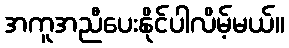
အကူအညီပေးနိုင်ပါလိမ့်မယ်။